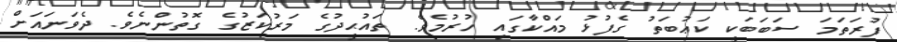
ފުރަތަމަ ސަބަބަކީ ކަޢުބަތު ގެފުޅު މައްކާގައި ހުރުމެވެ. ތައުޙީދުގެ މަރުކަޒުގެ ގޮތުންނެވެ. ދެވަނައަށް